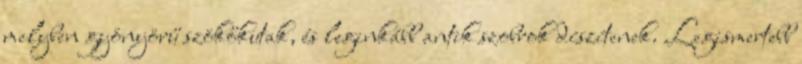
melyben gyönyörű szökőkutak, és leginkább antik szobrok díszítenek. Legismertebb